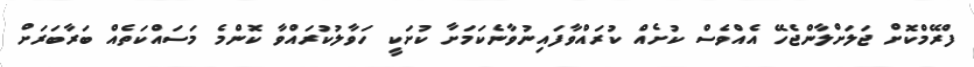
ފްރޭމްކޮށް ޖަލަށްލާންޖެހޭ އެެއްވެސް ކުށެއް ކުރައްވާފައިނުވާނެކަމަށާ ކުށަކީ ހަވާލުކުރައްވާ ކޮންމެ މަސައްކަތެއް ބަރާބަރަށް